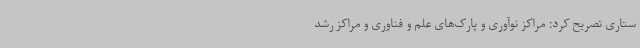
ستاری تصریح کرد: مراکز نوآوری و پارک‌های علم و فناوری و مراکز رشد